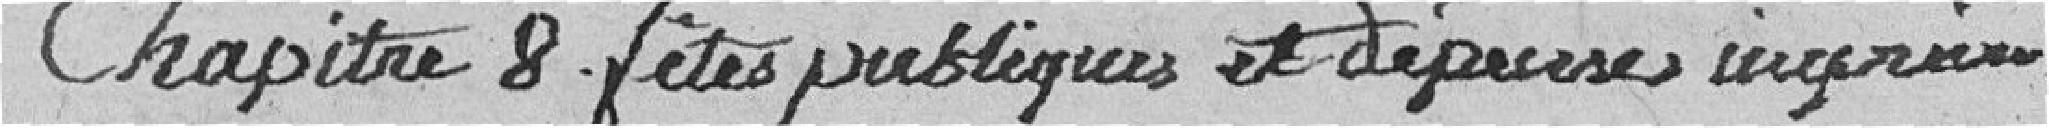
Chapitre 8 fêtes publiques et dépenses imprévues